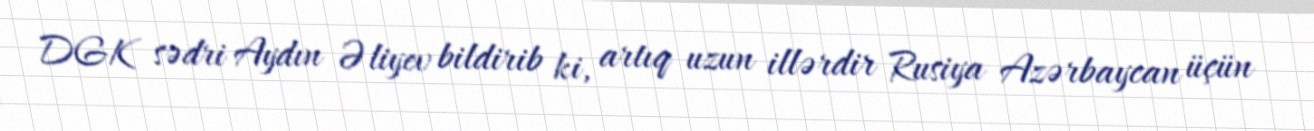
DGK sədri Aydın Əliyev bildirib ki, artıq uzun illərdir Rusiya Azərbaycan üçün